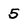
Character: 5